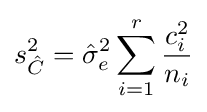
s_{\hat {C}}^{2}={\hat {\sigma }}_{e}^{2}\sum _{i=1}^{r}{\frac {c_{i}^{2}}{n_{i}}}